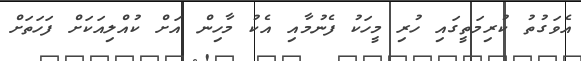
އެވަގުތު ކުރިމަތީގައި ހުރި މީހަކު ފެނުމާއި އެކު މާހިން އަށް ކުއްލިއަކަށް ފަހަތަށް